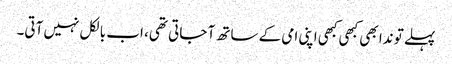
پہلے تو ندا بھی کبھی کبھی اپنی امی کے ساتھ آ جاتی تھی، اب بالکل نہیں آتی۔